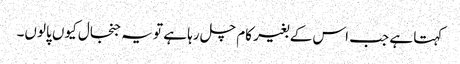
کہتا ہے جب اس کے بغیر کام چل رہا ہے تو یہ جنجال کیوں پالوں۔